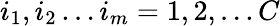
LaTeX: i_{1},i_{2}\ldots i_{m}=1,2,\ldots C